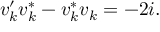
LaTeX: v _ { k } ^ { \prime } v _ { k } ^ { * } - v _ { k } ^ { * } v _ { k } = - 2 i .